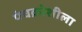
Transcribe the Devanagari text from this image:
पंचक्रोशीला